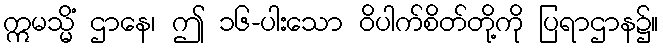
ဣမသ္မိံ ဌာနေ၊ ဤ ၁၆-ပါးသော ဝိပါက်စိတ်တို့ကို ပြရာဌာန၌။